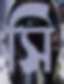
সি